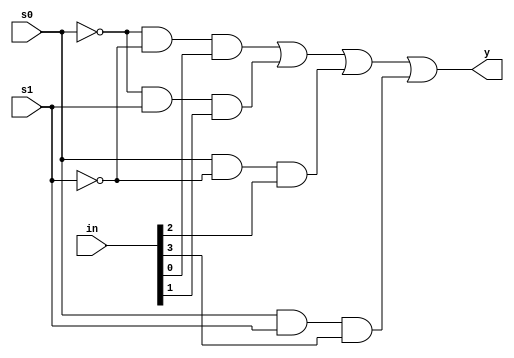
module mux41(y,s0,s1,in);
output y;
input s0,s1;
input  [3:0] in;
wire p1,p2,p3,p4;
not(ns0,s0);
not(ns1,s1);
and(p1,ns0,ns1,in[0]);
and(p2,ns0,s1,in[1]);
and(p3,s0,ns1,in[2]);
and(p4,s0,s1,in[3]);
or(y,p1,p2,p3,p4);
endmodule

module mux41_2(y,s0,s1,in);
output y;
input s0,s1;
input  [3:0] in;
assign y=((~s0)&(~s1)&in[0])|((~s0)&s1&in[1])|(s0&(~s1)&in[2])|(s0&s1&in[0]);
endmodule


module sim_mux;
reg[3:0] in;
reg s0,s1;
wire y;
mux41_2 m(y,s0,s1,in);
initial 
   begin
      in=4'b1011;
      s0=1'b0;
      s1=1'b0;
  #10 s1=1'b1;
  #10 s0=1'b1;
      s1=1'b0;
  #10 s1=1'b1;
   end
 initial
  begin 
   $monitor ($time ," %b%b-%b->%b",s0,s1,in,y);
   #40 $finish;
  end 
endmodule